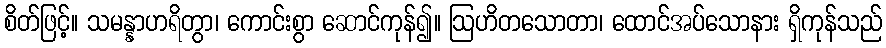
စိတ်ဖြင့်။ သမန္နာဟရိတွာ၊ ကောင်းစွာ ဆောင်ကုန်၍။ ဩဟိတသောတာ၊ ထောင်အပ်သောနား ရှိကုန်သည်